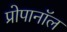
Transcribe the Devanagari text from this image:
प्रोपानॉल